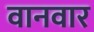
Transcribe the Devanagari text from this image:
वानवार